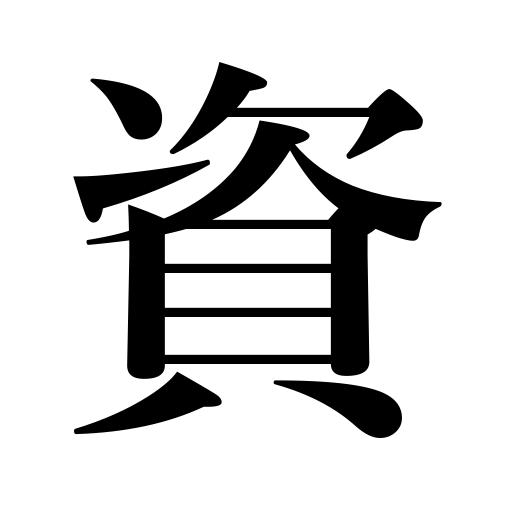
Meanings: materials,quality,help,capital,data,resources,funds,disposition